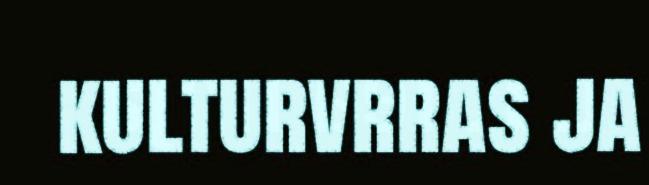
kulturvrras ja